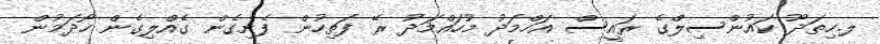
ލ.ހިތަދޫ ކައުންސިލްގެ ރައީސް އަހްމަދު މުހައްމަދު ރޭ ފަތިހުން ފެށިގެން ގެއްލިގެން ހޯދަމުން